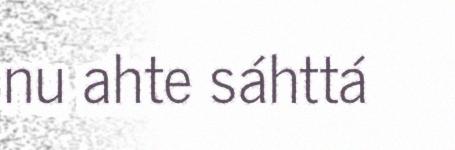
nu ahte sáhttá